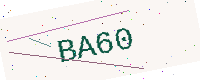
Text: BA60